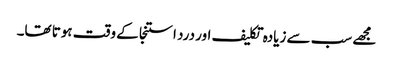
مجھے سب سے زیادہ تکلیف اور درد استنجا کے وقت ہوتا تھا۔